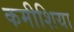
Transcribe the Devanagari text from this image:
कमीशिया